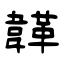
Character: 韚